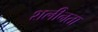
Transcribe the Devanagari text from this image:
शलीनता